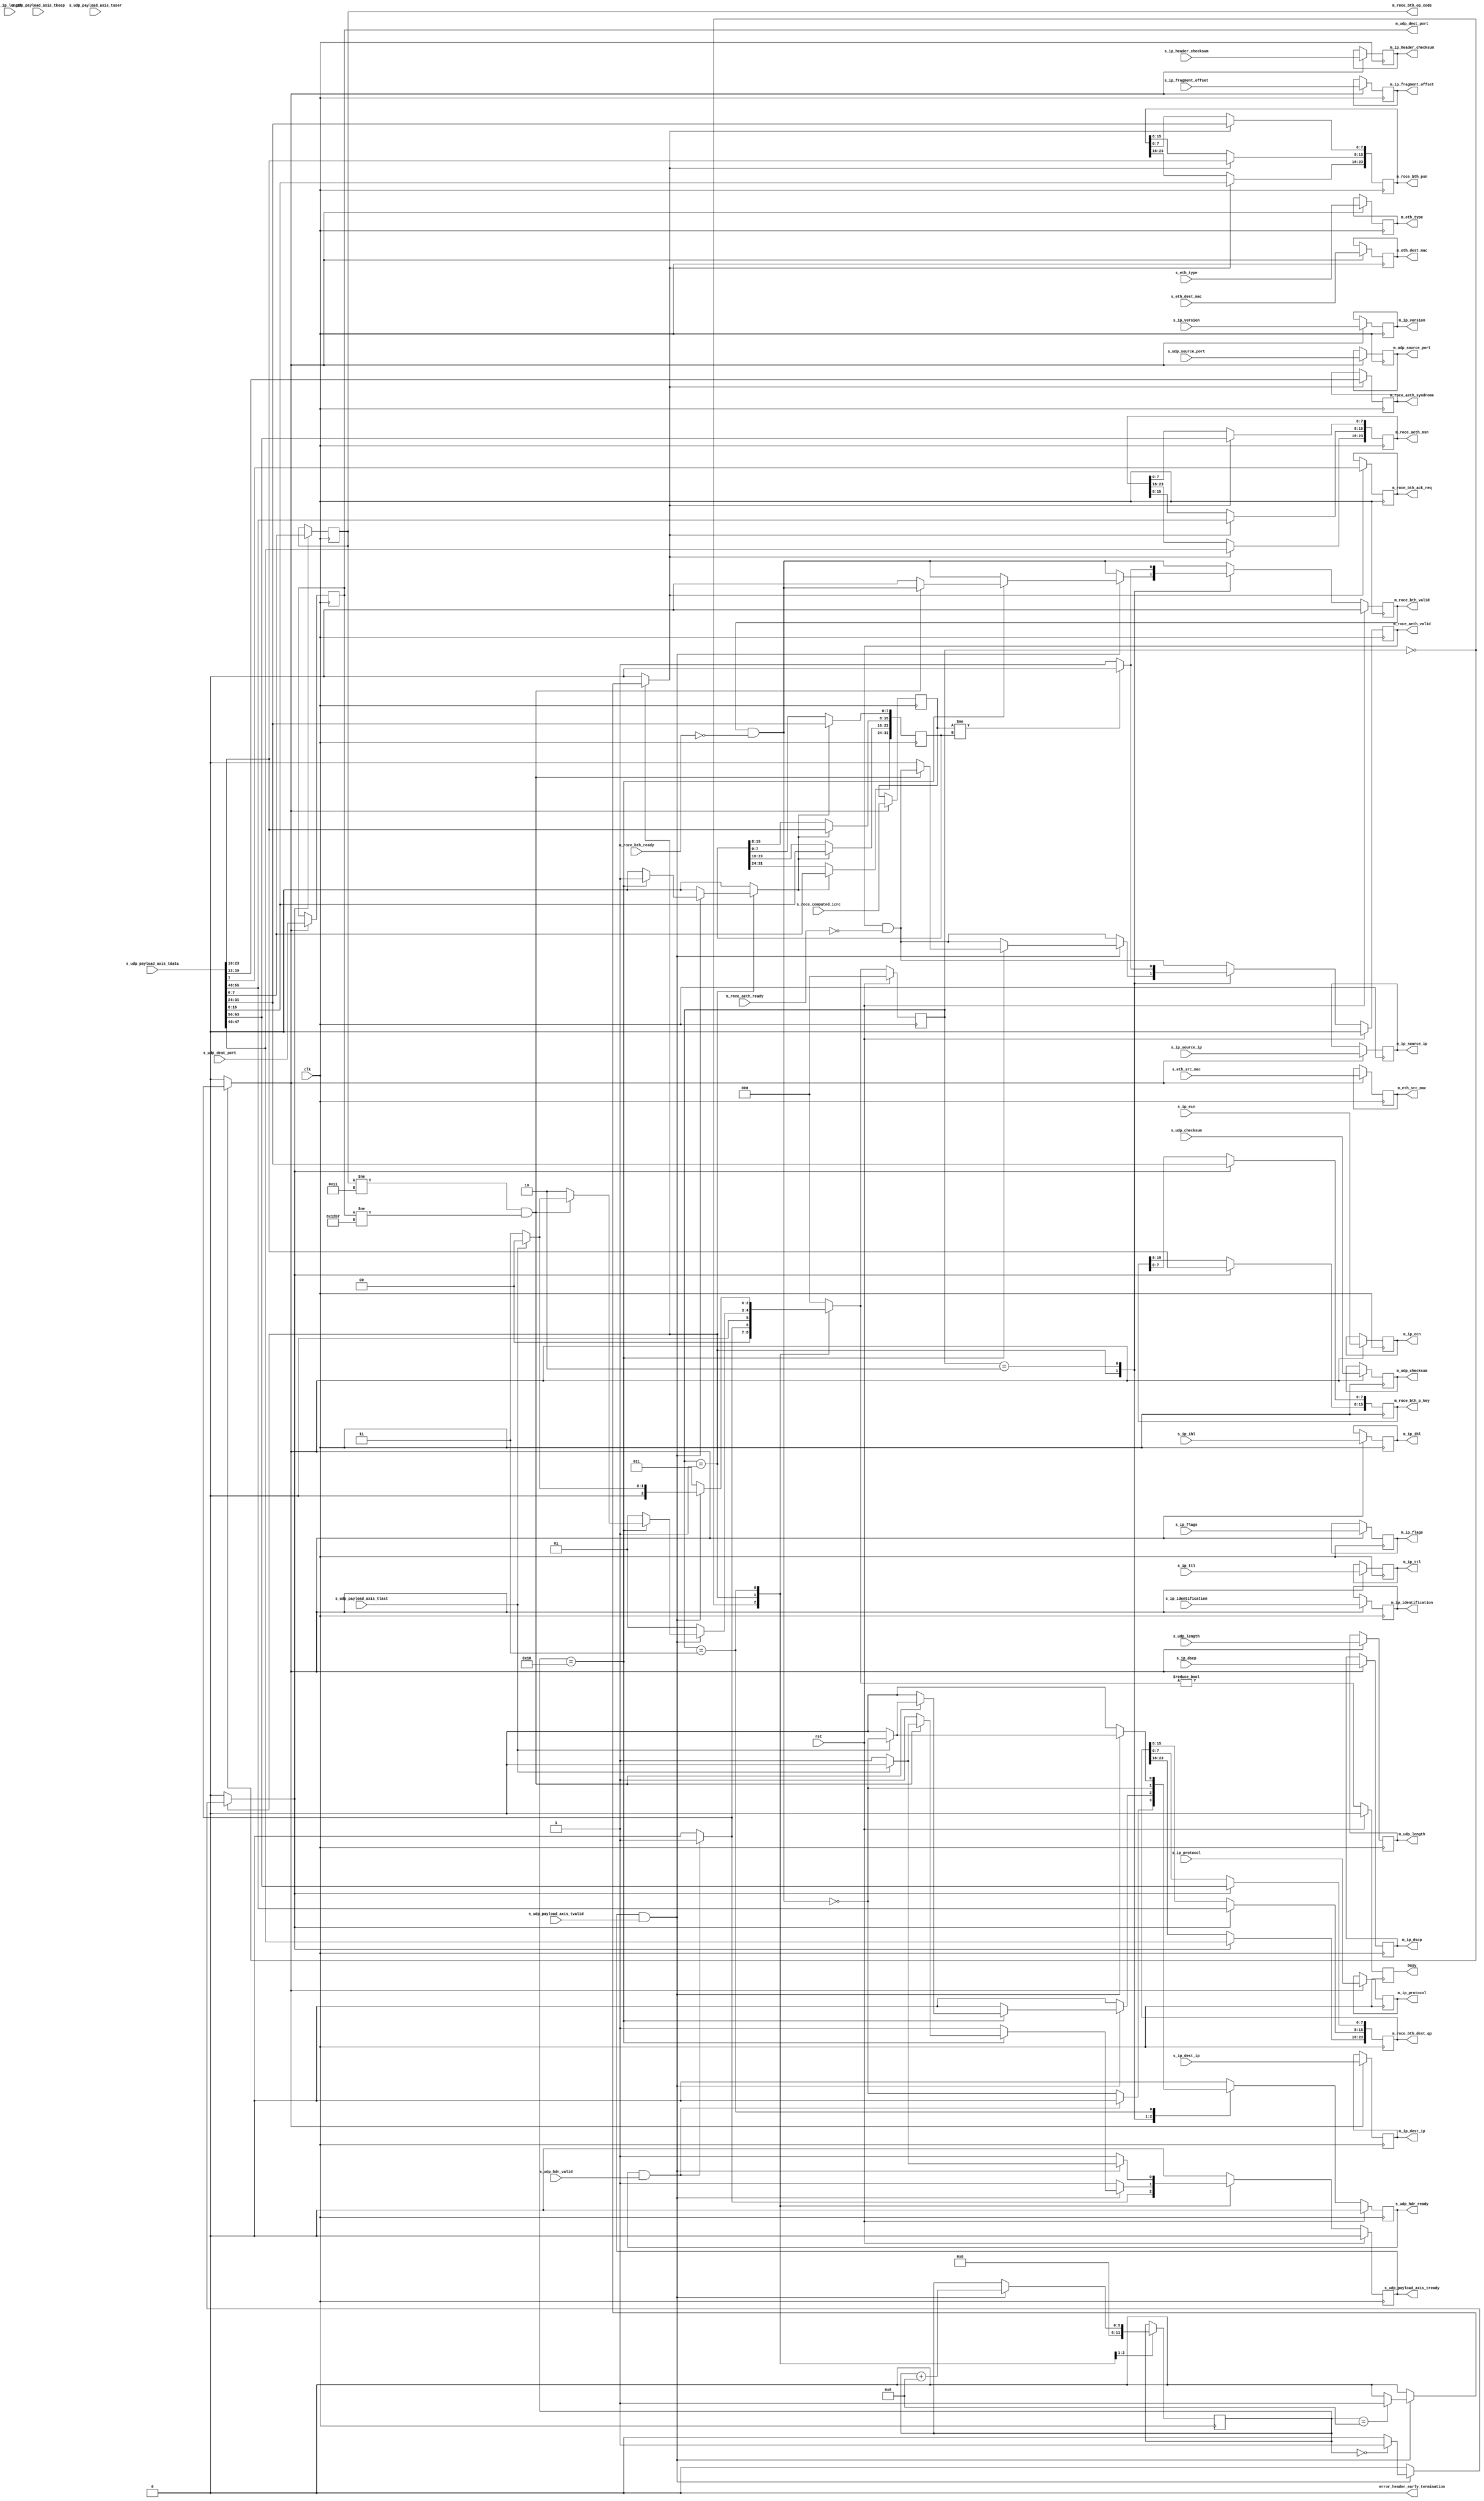
/*

Copyright (c) 2014-2018 Alex Forencich

Permission is hereby granted, free of charge, to any person obtaining a copy
of this software and associated documentation files (the "Software"), to deal
in the Software without restriction, including without limitation the rights
to use, copy, modify, merge, publish, distribute, sublicense, and/or sell
copies of the Software, and to permit persons to whom the Software is
furnished to do so, subject to the following conditions:

The above copyright notice and this permission notice shall be included in
all copies or substantial portions of the Software.

THE SOFTWARE IS PROVIDED "AS IS", WITHOUT WARRANTY OF ANY KIND, EXPRESS OR
IMPLIED, INCLUDING BUT NOT LIMITED TO THE WARRANTIES OF MERCHANTABILITY
FITNESS FOR A PARTICULAR PURPOSE AND NONINFRINGEMENT. IN NO EVENT SHALL THE
AUTHORS OR COPYRIGHT HOLDERS BE LIABLE FOR ANY CLAIM, DAMAGES OR OTHER
LIABILITY, WHETHER IN AN ACTION OF CONTRACT, TORT OR OTHERWISE, ARISING FROM,
OUT OF OR IN CONNECTION WITH THE SOFTWARE OR THE USE OR OTHER DEALINGS IN
THE SOFTWARE.

*/

// Language: Verilog 2001

`resetall `timescale 1ns / 1ps `default_nettype none

/*
 * roce ethernet frame receiver (UDP frame in, RoCE frame out, 64 bit datapath)
 */
module RoCE_udp_rx_64 #(
    parameter ENABLE_ICRC_CHECK = 1'b1
) (
    input wire clk,
    input wire rst,

    /*
     * UDP frame input
     */
    input  wire        s_udp_hdr_valid,
    output wire        s_udp_hdr_ready,
    input  wire [47:0] s_eth_dest_mac,
    input  wire [47:0] s_eth_src_mac,
    input  wire [15:0] s_eth_type,
    input  wire [ 3:0] s_ip_version,
    input  wire [ 3:0] s_ip_ihl,
    input  wire [ 5:0] s_ip_dscp,
    input  wire [ 1:0] s_ip_ecn,
    input  wire [15:0] s_ip_length,
    input  wire [15:0] s_ip_identification,
    input  wire [ 2:0] s_ip_flags,
    input  wire [12:0] s_ip_fragment_offset,
    input  wire [ 7:0] s_ip_ttl,
    input  wire [ 7:0] s_ip_protocol,
    input  wire [15:0] s_ip_header_checksum,
    input  wire [31:0] s_ip_source_ip,
    input  wire [31:0] s_ip_dest_ip,
    input  wire [15:0] s_udp_source_port,
    input  wire [15:0] s_udp_dest_port,
    input  wire [15:0] s_udp_length,
    input  wire [15:0] s_udp_checksum,
    input  wire [31:0] s_roce_computed_icrc,
    input  wire [63:0] s_udp_payload_axis_tdata,
    input  wire [ 7:0] s_udp_payload_axis_tkeep,
    input  wire        s_udp_payload_axis_tvalid,
    output wire        s_udp_payload_axis_tready,
    input  wire        s_udp_payload_axis_tlast,
    input  wire        s_udp_payload_axis_tuser,


    /*
     * RoCE frame output
     */
    // BTH
    output wire        m_roce_bth_valid,
    input  wire        m_roce_bth_ready,
    output wire [ 7:0] m_roce_bth_op_code,
    output wire [15:0] m_roce_bth_p_key,
    output wire [23:0] m_roce_bth_psn,
    output wire [23:0] m_roce_bth_dest_qp,
    output wire        m_roce_bth_ack_req,
    // AETH
    output wire        m_roce_aeth_valid,
    input  wire        m_roce_aeth_ready,
    output wire [ 7:0] m_roce_aeth_syndrome,
    output wire [23:0] m_roce_aeth_msn,
    /*
    // RETH
    output wire        m_roce_reth_valid,
    input  wire        m_roce_reth_ready,
    output wire [63:0] m_roce_reth_v_addr,
    output wire [31:0] m_roce_reth_r_key,
    output wire [31:0] m_roce_reth_length,
    // IMMD
    output wire        m_roce_immdh_valid,
    input  wire        m_roce_immdh_ready,
    output wire [31:0] m_roce_immdh_data,
    */
    // udp, ip, eth
    output wire [47:0] m_eth_dest_mac,
    output wire [47:0] m_eth_src_mac,
    output wire [15:0] m_eth_type,
    output wire [ 3:0] m_ip_version,
    output wire [ 3:0] m_ip_ihl,
    output wire [ 5:0] m_ip_dscp,
    output wire [ 1:0] m_ip_ecn,
    output wire [15:0] m_ip_identification,
    output wire [ 2:0] m_ip_flags,
    output wire [12:0] m_ip_fragment_offset,
    output wire [ 7:0] m_ip_ttl,
    output wire [ 7:0] m_ip_protocol,
    output wire [15:0] m_ip_header_checksum,
    output wire [31:0] m_ip_source_ip,
    output wire [31:0] m_ip_dest_ip,
    output wire [15:0] m_udp_source_port,
    output wire [15:0] m_udp_dest_port,
    output wire [15:0] m_udp_length,
    output wire [15:0] m_udp_checksum,
    /* TODO maybe implement something here?
    output wire [63:0] m_roce_payload_axis_tdata,
    output wire [ 7:0] m_roce_payload_axis_tkeep,
    output wire        m_roce_payload_axis_tvalid,
    input  wire        m_roce_payload_axis_tready,
    output wire        m_roce_payload_axis_tlast,
    output wire        m_roce_payload_axis_tuser,
    */
    /*
     * Status signals
     */
    output wire        busy,
    output wire        error_header_early_termination
);

  /*

RoCE ACK Frame.

RDMA ACK 
IP_HDR + UDP_HDR + BTH + AETH + PAYLOAD + ICRC


+--------------------------------------+
|                BTH                   |
+--------------------------------------+
 Field                       Length
 OP code                     1 octet
 Solicited Event             1 bit
 Mig request                 1 bit
 Pad count                   2 bits
 Header version              4 bits
 Partition key               2 octets
 Reserved                    1 octet
 Queue Pair Number           3 octets
 Ack request                 1 bit
 Reserved                    7 bits
 Packet Sequence Number      3 octets
+--------------------------------------+
|               RETH                   |
+--------------------------------------+
 Field                       Length
 Remote Address              8 octets
 R key                       4 octets
 DMA length                  4 octets
+--------------------------------------+
|               IMMD                   |
+--------------------------------------+
 Field                       Length
 Immediate data              4 octets
+--------------------------------------+
|               AETH                   |
+--------------------------------------+
 Field                       Length
 Syndrome                    1 octet
 Message Sequence Number     3 octets
 
 payload                     length octets
+--------------------------------------+
|               ICRC                   |
+--------------------------------------+
 Field                       Length
 ICRC field                  4 octets

This module receives an IP frame with header fields in parallel and payload on
an AXI stream interface, decodes and strips the UDP header fields, then
produces the header fields in parallel along with the UDP payload in a
separate AXI stream.

*/

  localparam [7:0]
    RC_RDMA_WRITE_FIRST   = 8'h06,
    RC_RDMA_WRITE_MIDDLE  = 8'h07,
    RC_RDMA_WRITE_LAST    = 8'h08,
    RC_RDMA_WRITE_LAST_IMD= 8'h09,
    RC_RDMA_WRITE_ONLY    = 8'h0A,
    RC_RDMA_WRITE_ONLY_IMD= 8'h0B,
    RC_RDMA_ACK           = 8'h11;

  localparam [15:0] ROCE_UDP_PORT = 16'h12B7;


  localparam [2:0] STATE_IDLE = 3'd0, STATE_READ_BTH_AETH = 3'd1, STATE_CHECK_ICRC = 3'd2, STATE_WAIT_LAST = 3'd3;

  reg [2:0] state_reg = STATE_IDLE, state_next;

  // datapath control signals
  reg store_udp_hdr;
  reg store_hdr_word_0;
  reg store_hdr_word_1;
  reg store_hdr_word_2;
  reg store_last_word;

  reg [5:0] hdr_ptr_reg = 6'd0, hdr_ptr_next;
  reg [15:0] word_count_reg = 16'd0, word_count_next;

  reg [63:0] last_word_data_reg = 64'd0;
  reg [ 7:0] last_word_keep_reg = 8'd0;

  reg m_roce_bth_valid_reg = 1'b0, m_roce_bth_valid_next;
  reg [ 7:0] m_roce_bth_op_code_reg;
  reg [15:0] m_roce_bth_p_key_reg;
  reg [23:0] m_roce_bth_psn_reg;
  reg [23:0] m_roce_bth_dest_qp_reg;
  reg        m_roce_bth_ack_req_reg;

  reg m_roce_aeth_valid_reg = 1'b0, m_roce_aeth_valid_next;
  reg [ 7:0] m_roce_aeth_syndrome_reg;
  reg [23:0] m_roce_aeth_msn_reg;

  reg [47:0] m_eth_dest_mac_reg = 48'd0;
  reg [47:0] m_eth_src_mac_reg = 48'd0;
  reg [15:0] m_eth_type_reg = 16'd0;
  reg [ 3:0] m_ip_version_reg = 4'd0;
  reg [ 3:0] m_ip_ihl_reg = 4'd0;
  reg [ 5:0] m_ip_dscp_reg = 6'd0;
  reg [ 1:0] m_ip_ecn_reg = 2'd0;
  reg [15:0] m_ip_length_reg = 16'd0;
  reg [15:0] m_ip_identification_reg = 16'd0;
  reg [ 2:0] m_ip_flags_reg = 3'd0;
  reg [12:0] m_ip_fragment_offset_reg = 13'd0;
  reg [ 7:0] m_ip_ttl_reg = 8'd0;
  reg [ 7:0] m_ip_protocol_reg = 8'd0;
  reg [15:0] m_ip_header_checksum_reg = 16'd0;
  reg [31:0] m_ip_source_ip_reg = 32'd0;
  reg [31:0] m_ip_dest_ip_reg = 32'd0;
  reg [15:0] m_udp_source_port_reg = 16'd0;
  reg [15:0] m_udp_dest_port_reg = 16'd0;
  reg [15:0] m_udp_length_reg = 16'd0;
  reg [15:0] m_udp_checksum_reg = 16'd0;

  reg [31:0] m_roce_computed_icrc_reg = 32'd0;
  reg [31:0] m_roce_recieved_icrc_reg = 32'd0;

  reg error_not_roce_ack_reg = 1'b0, error_not_roce_ack_next;

  reg s_udp_hdr_ready_reg = 1'b0, s_udp_hdr_ready_next;
  reg s_udp_payload_axis_tready_reg = 1'b0, s_udp_payload_axis_tready_next;

  reg busy_reg = 1'b0;
  reg error_header_early_termination_reg = 1'b0, error_header_early_termination_next;

  /*
  // internal datapath
  reg  [63:0] m_roce_payload_axis_tdata_int;
  reg  [ 7:0] m_roce_payload_axis_tkeep_int;
  reg         m_roce_payload_axis_tvalid_int;
  reg         m_roce_payload_axis_tready_int_reg = 1'b0;
  reg         m_roce_payload_axis_tlast_int;
  reg         m_roce_payload_axis_tuser_int;
  wire        m_roce_payload_axis_tready_int_early;
  */

  assign s_udp_hdr_ready                = s_udp_hdr_ready_reg;
  assign s_udp_payload_axis_tready      = s_udp_payload_axis_tready_reg;

  assign m_roce_bth_valid               = m_roce_bth_valid_reg;
  assign m_roce_bth_op_code             = m_roce_bth_op_code_reg;
  assign m_roce_bth_p_key               = m_roce_bth_p_key_reg;
  assign m_roce_bth_psn                 = m_roce_bth_psn_reg;
  assign m_roce_bth_dest_qp             = m_roce_bth_dest_qp_reg;
  assign m_roce_bth_ack_req             = m_roce_bth_ack_req_reg;
  assign m_roce_aeth_valid              = m_roce_aeth_valid_reg;
  assign m_roce_aeth_syndrome           = m_roce_aeth_syndrome_reg;
  assign m_roce_aeth_msn                = m_roce_aeth_msn_reg;
  assign m_eth_dest_mac                 = m_eth_dest_mac_reg;
  assign m_eth_src_mac                  = m_eth_src_mac_reg;
  assign m_eth_type                     = m_eth_type_reg;
  assign m_ip_version                   = m_ip_version_reg;
  assign m_ip_ihl                       = m_ip_ihl_reg;
  assign m_ip_dscp                      = m_ip_dscp_reg;
  assign m_ip_ecn                       = m_ip_ecn_reg;
  assign m_ip_identification            = m_ip_identification_reg;
  assign m_ip_flags                     = m_ip_flags_reg;
  assign m_ip_fragment_offset           = m_ip_fragment_offset_reg;
  assign m_ip_ttl                       = m_ip_ttl_reg;
  assign m_ip_protocol                  = m_ip_protocol_reg;
  assign m_ip_header_checksum           = m_ip_header_checksum_reg;
  assign m_ip_source_ip                 = m_ip_source_ip_reg;
  assign m_ip_dest_ip                   = m_ip_dest_ip_reg;
  assign m_udp_source_port              = m_udp_source_port_reg;
  assign m_udp_dest_port                = m_udp_dest_port_reg;
  assign m_udp_length                   = m_udp_length_reg;
  assign m_udp_checksum                 = m_udp_checksum_reg;

  assign busy                           = busy_reg;
  assign error_header_early_termination = error_header_early_termination_reg;

  function [3:0] keep2count;
    input [7:0] k;
    casez (k)
      8'bzzzzzzz0: keep2count = 4'd0;
      8'bzzzzzz01: keep2count = 4'd1;
      8'bzzzzz011: keep2count = 4'd2;
      8'bzzzz0111: keep2count = 4'd3;
      8'bzzz01111: keep2count = 4'd4;
      8'bzz011111: keep2count = 4'd5;
      8'bz0111111: keep2count = 4'd6;
      8'b01111111: keep2count = 4'd7;
      8'b11111111: keep2count = 4'd8;
    endcase
  endfunction

  function [7:0] count2keep;
    input [3:0] k;
    case (k)
      4'd0: count2keep = 8'b00000000;
      4'd1: count2keep = 8'b00000001;
      4'd2: count2keep = 8'b00000011;
      4'd3: count2keep = 8'b00000111;
      4'd4: count2keep = 8'b00001111;
      4'd5: count2keep = 8'b00011111;
      4'd6: count2keep = 8'b00111111;
      4'd7: count2keep = 8'b01111111;
      4'd8: count2keep = 8'b11111111;
    endcase
  endfunction

  always @* begin
    state_next = STATE_IDLE;

    s_udp_hdr_ready_next = 1'b0;
    s_udp_payload_axis_tready_next = 1'b0;

    store_udp_hdr = 1'b0;
    store_hdr_word_0 = 1'b0;
    store_hdr_word_1 = 1'b0;
    store_hdr_word_2 = 1'b0;

    store_last_word = 1'b0;

    hdr_ptr_next = hdr_ptr_reg;
    word_count_next = word_count_reg;

    m_roce_bth_valid_next = m_roce_bth_valid_reg && !m_roce_bth_ready;
    m_roce_aeth_valid_next = m_roce_aeth_valid_reg && !m_roce_aeth_ready;

    error_not_roce_ack_next = 1'b0;
    error_header_early_termination_next = 1'b0;

    /*
    m_roce_payload_axis_tdata_int = 64'd0;
    m_roce_payload_axis_tkeep_int = 8'd0;
    m_roce_payload_axis_tvalid_int = 1'b0;
    m_roce_payload_axis_tlast_int = 1'b0;
    m_roce_payload_axis_tuser_int = 1'b0;
    */

    case (state_reg)
      STATE_IDLE: begin
        // idle state - wait for header
        hdr_ptr_next = 6'd0;
        s_udp_hdr_ready_next = !m_roce_bth_valid_next;

        if (s_udp_hdr_ready && s_udp_hdr_valid) begin
          s_udp_hdr_ready_next = 1'b0;
          s_udp_payload_axis_tready_next = 1'b1;
          store_udp_hdr = 1'b1;
          state_next = STATE_READ_BTH_AETH;
        end else begin
          state_next = STATE_IDLE;
        end
      end
      STATE_READ_BTH_AETH: begin
        // read header state
        s_udp_payload_axis_tready_next = 1'b1;

        word_count_next = m_udp_length_reg;

        if (s_udp_payload_axis_tready && s_udp_payload_axis_tvalid) begin
          // word transfer in - store it
          hdr_ptr_next = hdr_ptr_reg + 6'd8;
          state_next   = STATE_READ_BTH_AETH;

          case (hdr_ptr_reg)
            6'h00: begin
              store_hdr_word_0 = 1'b1;
            end
            6'h08: begin
              store_hdr_word_1 = 1'b1;

            end
            6'h10: begin
              store_hdr_word_2 = 1'b1;
              if (m_roce_bth_op_code_reg != RC_RDMA_ACK && m_udp_dest_port_reg != ROCE_UDP_PORT) begin
                // Drop anything beside RDMA ACK packets
                error_not_roce_ack_next = 1'b1;
                if (s_udp_payload_axis_tlast) begin
                  s_udp_hdr_ready_next = !m_roce_bth_valid_next;
                  s_udp_payload_axis_tready_next = 1'b0;
                  state_next = STATE_IDLE;
                end else begin
                  s_udp_payload_axis_tready_next = 1'b1;
                  state_next = STATE_WAIT_LAST;
                end
              end else begin
                state_next = STATE_CHECK_ICRC;
                m_roce_bth_valid_next  <= 1'b0;
                m_roce_aeth_valid_next <= 1'b0;
              end

            end
          endcase

        end else begin
          state_next = STATE_READ_BTH_AETH;
        end
      end

      STATE_CHECK_ICRC: begin

        s_udp_payload_axis_tready_next = 1'b0;
        s_udp_hdr_ready_next = !m_roce_bth_valid_next;
        state_next = STATE_IDLE;
        if (ENABLE_ICRC_CHECK) begin
          if (m_roce_computed_icrc_reg != m_roce_recieved_icrc_reg) begin
            m_roce_bth_valid_next  = 1'b0;
            m_roce_aeth_valid_next = 1'b0;
          end else begin
            m_roce_bth_valid_next  = 1'b1;
            m_roce_aeth_valid_next = 1'b1;
          end
        end else begin
          m_roce_bth_valid_next  = 1'b1;
          m_roce_aeth_valid_next = 1'b1;
        end

      end

      STATE_WAIT_LAST: begin
        // wait for end of frame; read and discard
        s_udp_payload_axis_tready_next = 1'b1;

        if (s_udp_payload_axis_tready && s_udp_payload_axis_tvalid) begin
          if (s_udp_payload_axis_tlast) begin
            s_udp_hdr_ready_next = !m_roce_bth_valid_next;
            s_udp_payload_axis_tready_next = 1'b0;
            state_next = STATE_IDLE;
          end else begin
            state_next = STATE_WAIT_LAST;
          end
        end else begin
          state_next = STATE_WAIT_LAST;
        end
      end
    endcase
  end

  always @(posedge clk) begin
    if (rst) begin
      state_reg                          <= STATE_IDLE;
      s_udp_hdr_ready_reg                <= 1'b0;
      s_udp_payload_axis_tready_reg      <= 1'b0;
      m_roce_bth_valid_reg               <= 1'b0;
      m_roce_aeth_valid_reg              <= 1'b0;
      busy_reg                           <= 1'b0;
      error_header_early_termination_reg <= 1'b0;
      error_not_roce_ack_reg             <= 1'b0;
    end else begin
      state_reg <= state_next;

      s_udp_hdr_ready_reg <= s_udp_hdr_ready_next;
      s_udp_payload_axis_tready_reg <= s_udp_payload_axis_tready_next;

      m_roce_bth_valid_reg <= m_roce_bth_valid_next;
      m_roce_aeth_valid_reg <= m_roce_aeth_valid_next;

      error_header_early_termination_reg <= error_header_early_termination_next;
      error_not_roce_ack_reg <= error_not_roce_ack_next;

      busy_reg <= state_next != STATE_IDLE;
    end

    hdr_ptr_reg <= hdr_ptr_next;

    word_count_reg <= word_count_next;

    // datapath
    if (store_udp_hdr) begin
      m_eth_dest_mac_reg <= s_eth_dest_mac;
      m_eth_src_mac_reg <= s_eth_src_mac;
      m_eth_type_reg <= s_eth_type;
      m_ip_version_reg <= s_ip_version;
      m_ip_ihl_reg <= s_ip_ihl;
      m_ip_dscp_reg <= s_ip_dscp;
      m_ip_ecn_reg <= s_ip_ecn;
      m_ip_length_reg <= s_ip_length;
      m_ip_identification_reg <= s_ip_identification;
      m_ip_flags_reg <= s_ip_flags;
      m_ip_fragment_offset_reg <= s_ip_fragment_offset;
      m_ip_ttl_reg <= s_ip_ttl;
      m_ip_protocol_reg <= s_ip_protocol;
      m_ip_header_checksum_reg <= s_ip_header_checksum;
      m_ip_source_ip_reg <= s_ip_source_ip;
      m_ip_dest_ip_reg <= s_ip_dest_ip;
      m_udp_source_port_reg <= s_udp_source_port;
      m_udp_dest_port_reg <= s_udp_dest_port;
      m_udp_length_reg <= s_udp_length;
      m_udp_checksum_reg <= s_udp_checksum;
      m_roce_computed_icrc_reg <= s_roce_computed_icrc;
    end

    /*
    if (store_last_word) begin
      last_word_data_reg <= m_roce_payload_axis_tdata_int;
      last_word_keep_reg <= m_roce_payload_axis_tkeep_int;
    end
    */

    if (store_hdr_word_0) begin
      m_roce_bth_op_code_reg <= s_udp_payload_axis_tdata[7:0];
      /*
      solicited_event <= s_udp_payload_axis_tdata[7];
      mig_regquest    <= s_udp_payload_axis_tdata[6];
      pad_count       <= s_udp_payload_axis_tdata[5:4];
      header_version  <= s_udp_payload_axis_tdata[3:0];
      */
      m_roce_bth_p_key_reg[15:8] <= s_udp_payload_axis_tdata[23:16];
      m_roce_bth_p_key_reg[7:0] <= s_udp_payload_axis_tdata[31:24];
      /*
      reserved <= s_udp_payload_axis_tdata[39:32];
      */
      m_roce_bth_dest_qp_reg[23:16] <= s_udp_payload_axis_tdata[47:40];
      m_roce_bth_dest_qp_reg[15:8] <= s_udp_payload_axis_tdata[55:48];
      m_roce_bth_dest_qp_reg[7:0] <= s_udp_payload_axis_tdata[63:56];
    end

    if (store_hdr_word_1) begin
      m_roce_bth_ack_req_reg <= s_udp_payload_axis_tdata[7];
      /*
      reserved <= s_udp_payload_axis_tdata[6:0]
      */
      m_roce_bth_psn_reg[23:16] <= s_udp_payload_axis_tdata[15:8];
      m_roce_bth_psn_reg[15:8] <= s_udp_payload_axis_tdata[23:16];
      m_roce_bth_psn_reg[7:0] <= s_udp_payload_axis_tdata[31:24];
      m_roce_aeth_syndrome_reg[7:0] <= s_udp_payload_axis_tdata[39:32];
      m_roce_aeth_msn_reg[23:16] <= s_udp_payload_axis_tdata[47:40];
      m_roce_aeth_msn_reg[15:8] <= s_udp_payload_axis_tdata[55:48];
      m_roce_aeth_msn_reg[7:0] <= s_udp_payload_axis_tdata[63:56];
    end

    if (store_hdr_word_2) begin
      m_roce_recieved_icrc_reg[31:24] <= s_udp_payload_axis_tdata[7:0];
      m_roce_recieved_icrc_reg[23:16] <= s_udp_payload_axis_tdata[15:8];
      m_roce_recieved_icrc_reg[15:8]  <= s_udp_payload_axis_tdata[23:16];
      m_roce_recieved_icrc_reg[7:0]   <= s_udp_payload_axis_tdata[31:24];
    end
  end

  /*
  // output datapath logic
  reg [63:0] m_roce_payload_axis_tdata_reg = 64'd0;
  reg [ 7:0] m_roce_payload_axis_tkeep_reg = 8'd0;
  reg m_roce_payload_axis_tvalid_reg = 1'b0, m_roce_payload_axis_tvalid_next;
  reg        m_roce_payload_axis_tlast_reg = 1'b0;
  reg        m_roce_payload_axis_tuser_reg = 1'b0;

  reg [63:0] temp_m_roce_payload_axis_tdata_reg = 64'd0;
  reg [ 7:0] temp_m_roce_payload_axis_tkeep_reg = 8'd0;
  reg temp_m_roce_payload_axis_tvalid_reg = 1'b0, temp_m_roce_payload_axis_tvalid_next;
  reg temp_m_roce_payload_axis_tlast_reg = 1'b0;
  reg temp_m_roce_payload_axis_tuser_reg = 1'b0;

  // datapath control
  reg store_roce_payload_int_to_output;
  reg store_roce_payload_int_to_temp;
  reg store_roce_payload_axis_temp_to_output;

  assign m_roce_payload_axis_tdata = m_roce_payload_axis_tdata_reg;
  assign m_roce_payload_axis_tkeep = m_roce_payload_axis_tkeep_reg;
  assign m_roce_payload_axis_tvalid = m_roce_payload_axis_tvalid_reg;
  assign m_roce_payload_axis_tlast = m_roce_payload_axis_tlast_reg;
  assign m_roce_payload_axis_tuser = m_roce_payload_axis_tuser_reg;

  // enable ready input next cycle if output is ready or if both output registers are empty
  assign m_roce_payload_axis_tready_int_early = m_roce_payload_axis_tready || (!temp_m_roce_payload_axis_tvalid_reg && !m_roce_payload_axis_tvalid_reg);

  always @* begin
    // transfer sink ready state to source
    m_roce_payload_axis_tvalid_next = m_roce_payload_axis_tvalid_reg;
    temp_m_roce_payload_axis_tvalid_next = temp_m_roce_payload_axis_tvalid_reg;

    store_roce_payload_int_to_output = 1'b0;
    store_roce_payload_int_to_temp = 1'b0;
    store_roce_payload_axis_temp_to_output = 1'b0;

    if (m_roce_payload_axis_tready_int_reg) begin
      // input is ready
      if (m_roce_payload_axis_tready || !m_roce_payload_axis_tvalid_reg) begin
        // output is ready or currently not valid, transfer data to output
        m_roce_payload_axis_tvalid_next  = m_roce_payload_axis_tvalid_int;
        store_roce_payload_int_to_output = 1'b1;
      end else begin
        // output is not ready, store input in temp
        temp_m_roce_payload_axis_tvalid_next = m_roce_payload_axis_tvalid_int;
        store_roce_payload_int_to_temp = 1'b1;
      end
    end else if (m_roce_payload_axis_tready) begin
      // input is not ready, but output is ready
      m_roce_payload_axis_tvalid_next = temp_m_roce_payload_axis_tvalid_reg;
      temp_m_roce_payload_axis_tvalid_next = 1'b0;
      store_roce_payload_axis_temp_to_output = 1'b1;
    end
  end

  always @(posedge clk) begin
    m_roce_payload_axis_tvalid_reg <= m_roce_payload_axis_tvalid_next;
    m_roce_payload_axis_tready_int_reg <= m_roce_payload_axis_tready_int_early;
    temp_m_roce_payload_axis_tvalid_reg <= temp_m_roce_payload_axis_tvalid_next;

    // datapath
    if (store_roce_payload_int_to_output) begin
      m_roce_payload_axis_tdata_reg <= m_roce_payload_axis_tdata_int;
      m_roce_payload_axis_tkeep_reg <= m_roce_payload_axis_tkeep_int;
      m_roce_payload_axis_tlast_reg <= m_roce_payload_axis_tlast_int;
      m_roce_payload_axis_tuser_reg <= m_roce_payload_axis_tuser_int;
    end else if (store_roce_payload_axis_temp_to_output) begin
      m_roce_payload_axis_tdata_reg <= temp_m_roce_payload_axis_tdata_reg;
      m_roce_payload_axis_tkeep_reg <= temp_m_roce_payload_axis_tkeep_reg;
      m_roce_payload_axis_tlast_reg <= temp_m_roce_payload_axis_tlast_reg;
      m_roce_payload_axis_tuser_reg <= temp_m_roce_payload_axis_tuser_reg;
    end

    if (store_roce_payload_int_to_temp) begin
      temp_m_roce_payload_axis_tdata_reg <= m_roce_payload_axis_tdata_int;
      temp_m_roce_payload_axis_tkeep_reg <= m_roce_payload_axis_tkeep_int;
      temp_m_roce_payload_axis_tlast_reg <= m_roce_payload_axis_tlast_int;
      temp_m_roce_payload_axis_tuser_reg <= m_roce_payload_axis_tuser_int;
    end

    if (rst) begin
      m_roce_payload_axis_tvalid_reg <= 1'b0;
      m_roce_payload_axis_tready_int_reg <= 1'b0;
      temp_m_roce_payload_axis_tvalid_reg <= 1'b0;
    end
  end
  */

endmodule

`resetall